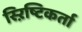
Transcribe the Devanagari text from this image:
स्ऱिष्टिकर्ता